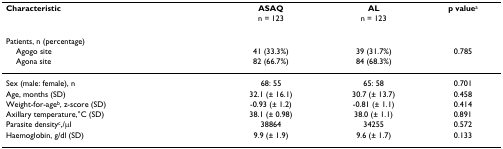
| Characteristic | ASAQ | AL | p valuea |
 |  | n = 123 | n = 123 |  |
 | --- | --- | --- | --- |
 | Patients, n (percentage) |  |  |  |
 | Agogo site | 41 (33.3%) | 39 (31.7%) | 0.785 |
 | Agona site | 82 (66.7%) | 84 (68.3%) |  |
 | Sex (male: female), n | 68: 55 | 65: 58 | 0.701 |
 | Age, months (SD) | 32.1 (± 16.1) | 30.7 (± 13.7) | 0.458 |
 | Weight-for-ageb, z-score (SD) | -0.93 (± 1.2) | -0.81 (± 1.1) | 0.414 |
 | Axillary temperature,°C (SD) | 38.1 (± 0.98) | 38.0 (± 1.1) | 0.891 |
 | Parasite densityc,/μl | 38864 | 34255 | 0.572 |
 | Haemoglobin, g/dl (SD) | 9.9 (± 1.9) | 9.6 (± 1.7) | 0.133 |